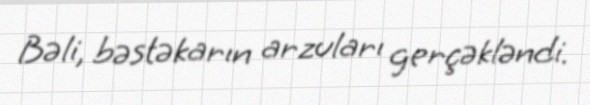
Bəli, bəstəkarın arzuları gerçəkləndi.